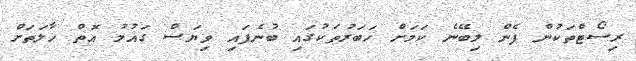
ރިސޯޓްތަކުން ފެން ލިބޭނެ ކަމަށް ހަބަރުތަކުގައި ބުނެފައި ވިޔަސް ގައުމު އޮތް ހާލަތަށް